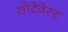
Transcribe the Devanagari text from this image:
सोटेवेस्ट